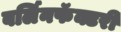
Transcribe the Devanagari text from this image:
बर्लिनफॅक्टरी